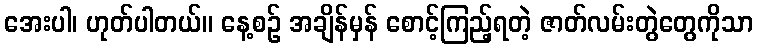
အေးပါ၊ ဟုတ်ပါတယ်။ နေ့စဉ် အချိန်မှန် စောင့်ကြည့်ရတဲ့ ဇာတ်လမ်းတွဲတွေကိုသာ